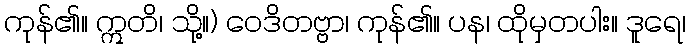
ကုန်၏။ ဣတိ၊ သို့။) ဝေဒိတဗ္ဗာ၊ ကုန်၏။ ပန၊ ထိုမှတပါး။ ဒူရေ၊